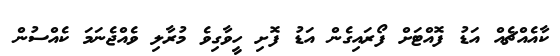
ކާއެއްޗެއް އަޑު ފޮއްޓަށް ފޯރައިގެން އަޑު ފޮށި ހީވާގިވެ މުރާލި ވެއްޖެނަމަ ކެއްސުން